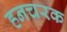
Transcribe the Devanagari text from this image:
हनचरक